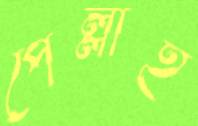
পেল্লাই